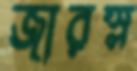
জারস্ল